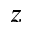
z